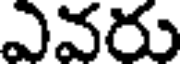
ఎవరు